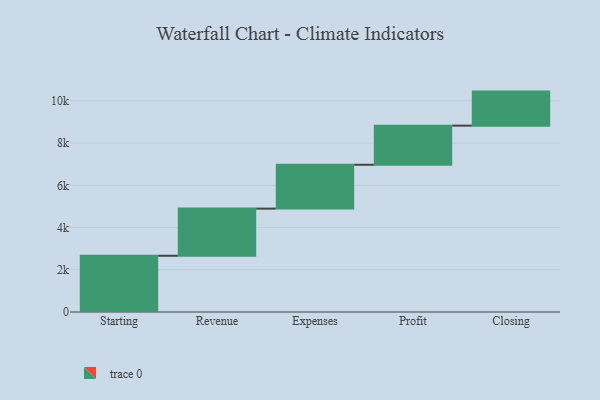
{"axis": {"x": "Step", "y": "Value"}, "legend": [""], "data": [{"x": "Starting", "y": 2664.0, "type": ""}, {"x": "Revenue", "y": 2233.0, "type": ""}, {"x": "Expenses", "y": 2077.0, "type": ""}, {"x": "Profit", "y": 1854.0, "type": ""}, {"x": "Closing", "y": 1612.0, "type": ""}]}